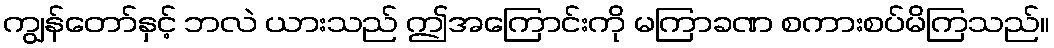
ကျွန်တော်နှင့် ဘလဲ ယားသည် ဤအကြောင်းကို မကြာခဏ စကားစပ်မိကြသည်။